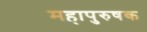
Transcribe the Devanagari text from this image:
महापुरुषक